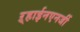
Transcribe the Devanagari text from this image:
ऱ्हाईनएनर्जी